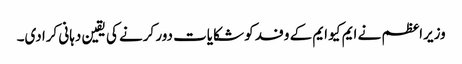
وزیراعظم نے ایم کیو ایم کے وفد کو شکایات دور کرنے کی یقین دہانی کرادی۔